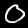
Digit: 0